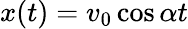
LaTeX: x(t)=v_{0}\cos\alpha t